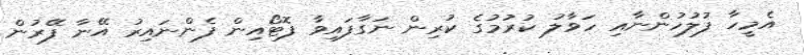
އެމީހާ ފުލުހުންނާއި ހަވާލު ކުރުމުގެ ކުރިން ނަގާފައިވާ ފޮޓޯއިން ފެންނައިރު އޭނާ ފޭރުން